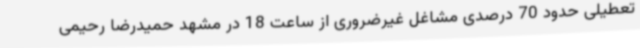
تعطیلی حدود 70 درصدی مشاغل غیرضروری از ساعت 18 در مشهد حمیدرضا رحیمی